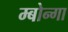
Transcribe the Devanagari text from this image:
म्बोन्गा